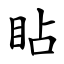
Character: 䀡